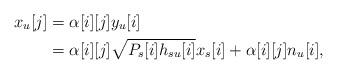
LaTeX: \begin{align*}x_{u}[j] &= \alpha[i][j]y_{u}[i] \\ &= \alpha[i][j]\sqrt{P_{s}[i]h_{su}[i]}x_{s}[i] + \alpha[i][j]n_u[i],\end{align*}